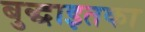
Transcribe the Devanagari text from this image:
बुद्धाइतका